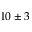
1 0 \pm 3